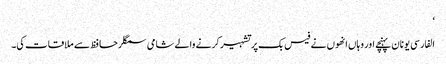
‘
الفارسی یونان پہنچے اور وہاں انھوں نے فیس بک پر تشہیر کرنے والے شامی سمگلر حافظ سے ملاقات کی۔